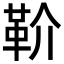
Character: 𩉡